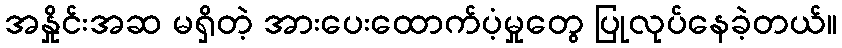
အနှိုင်းအဆ မရှိတဲ့ အားပေးထောက်ပံ့မှုတွေ ပြုလုပ်နေခဲ့တယ်။